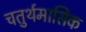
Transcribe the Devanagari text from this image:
चतुर्थमासिक